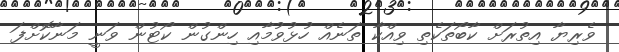
ވެރިޔާ އިތުރަށް ކާބޯތަކެތި ވިއްކާ ތަނެއް ހުޅުވުމާއި ހިންގުން ކޯޓުން ވަނީ މަނާކޮށްފަ